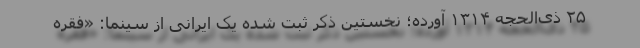
۲۵ ذی‌الحجه ۱۳۱۴ آورده؛ نخستین ذکر ثبت شده یک ایرانی از سینما: «فقره